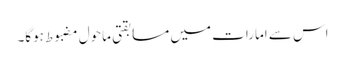
اس سے امارات میں مسابقتی ماحول مضبوط ہوگا۔